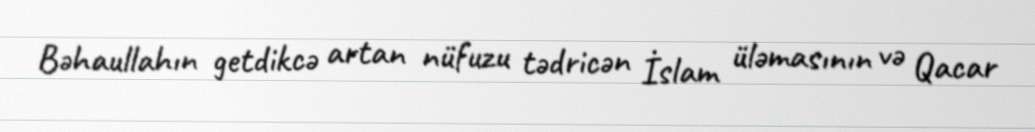
Bəhaullahın getdikcə artan nüfuzu tədricən İslam üləmasının və Qacar